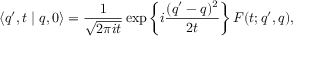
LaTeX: \langle q ^ { \prime } , t \mid q , 0 \rangle = \frac { 1 } { \sqrt { 2 \pi i t } } \exp \left\{ i \frac { ( q ^ { \prime } - q ) ^ { 2 } } { 2 t } \right\} F ( t ; q ^ { \prime } , q ) ,